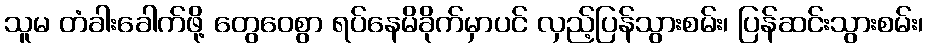
သူမ တံခါးခေါက်ဖို့ တွေဝေစွာ ရပ်နေမိခိုက်မှာပင် လှည့်ပြန်သွားစမ်း၊ ပြန်ဆင်းသွားစမ်း၊